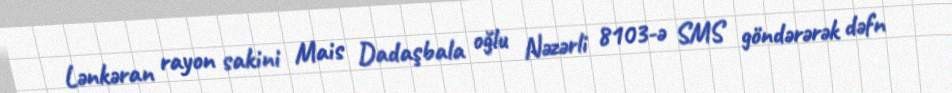
Lənkəran rayon sakini Mais Dadaşbala oğlu Nəzərli 8103-ə SMS göndərərək dəfn